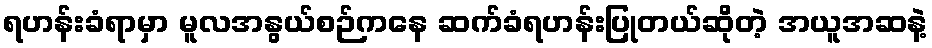
ရဟန်းခံရာမှာ မူလအနွယ်စဉ်ကနေ ဆက်ခံရဟန်းပြုတယ်ဆိုတဲ့ အယူအဆနဲ့